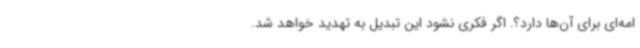
امه‌ای برای آن‌ها دارد؟. اگر فکری نشود این تبدیل به تهدید خواهد شد.